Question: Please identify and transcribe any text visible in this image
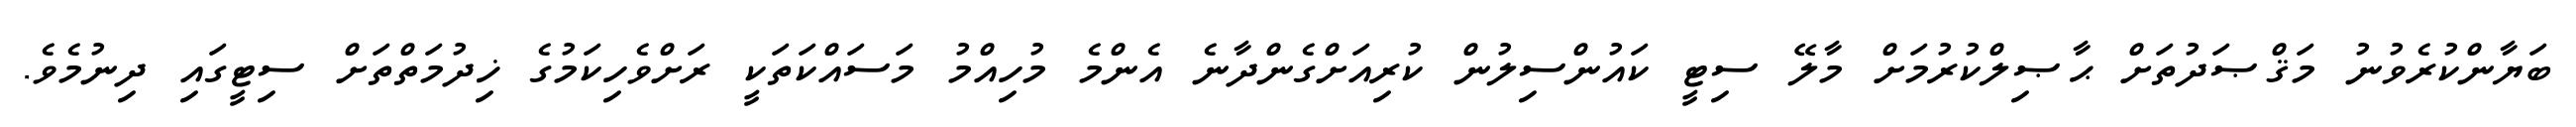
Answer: ބަޔާންކުރެވުނު މަޤްޞަދުތަށް ޙާޞިލްކުރުމަށް މާލޭ ސިޓީ ކައުންސިލުން ކުރިއަށްގެންދާނެ އެންމެ މުހިއްމު މަސައްކަތަކީ ރަށްވެހިކަމުގެ ޚިދުމަތްތަށް ސިޓީގައި ދިނުމެވެ.